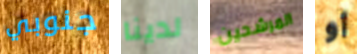
جنوبي لدينا المرشحين أو